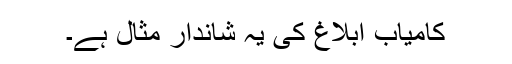
کامیاب ابلاغ کی یہ شاندار مثال ہے۔